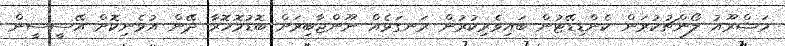
މަޝްރޫއު ލޯންޗުކުރަން ކެންޑިޑޭޓުން ބައިވެރިކުރުން ރަނގަޅެއް ނޫންޖާބިރަށް ބޮޑުމޮހޮރާ ދޭން އުޅެނިކޮށް އޭސީސީން